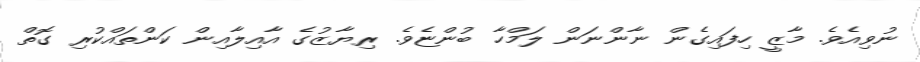
ނުވިއެވެ. މާޒީ ހިފައިގެން ނާންނަން ލަމްހާ ބުންޏެވެ. ރިޔާޒުގެ އާއިލާއިން ކަންތައްކުރި ގޮތް